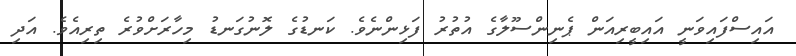
އައިސްފައިވަނީ އައިބީރިއަން ޕެނިންސޫލާގެ އުތުރު ފަޅިންނެވެ. ކަނޑުގެ ލޮނުގަނޑު މިހާރަށްވުރެ ތިރިއެވެ. އަދި